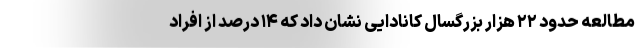
مطالعه حدود ۲۲ هزار بزرگسال کانادایی نشان داد که ۱۴ درصد از افراد